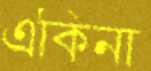
একিনা